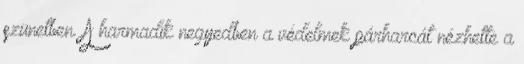
szünetben. A harmadik negyedben a védelmek párharcát nézhette a